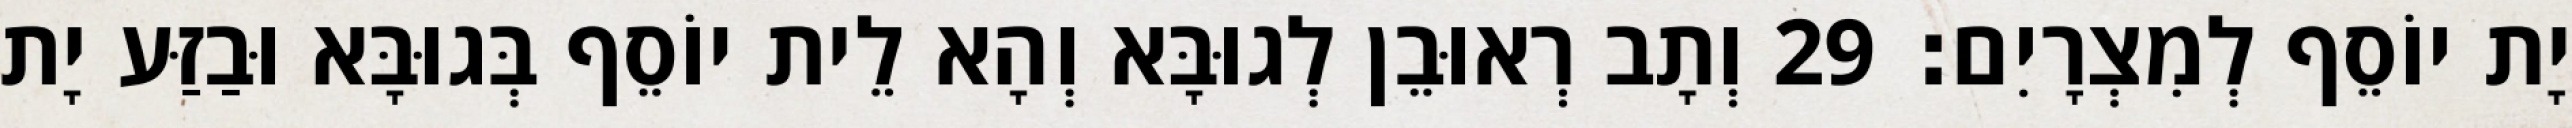
יָת יוֹסֵף לְמִצְרָיִם׃ 29 וְתָב רְאוּבֵן לְגוּבָּא וְהָא לֵית יוֹסֵף בְּגוּבָּא וּבַזַּע יָת